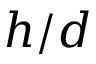
h / d